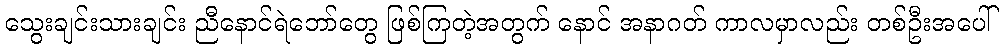
သွေးချင်းသားချင်း ညီနောင်ရဲဘော်တွေ ဖြစ်ကြတဲ့အတွက် နောင် အနာဂတ် ကာလမှာလည်း တစ်ဦးအပေါ်